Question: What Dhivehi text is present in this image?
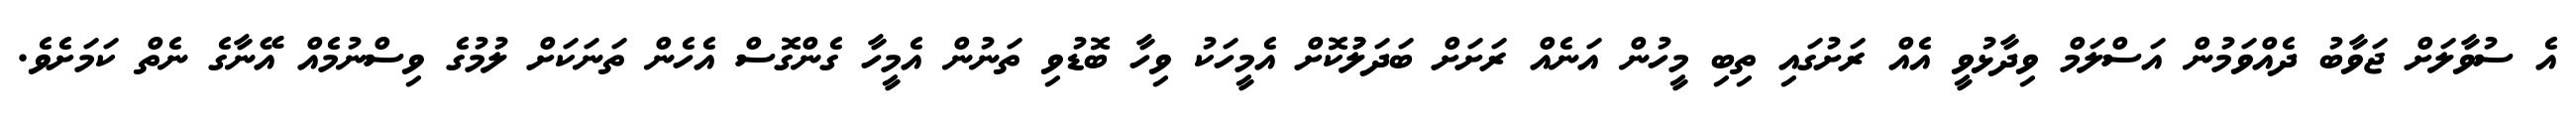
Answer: އެ ސުވާލަށް ޖަވާބު ދެއްވަމުން އަސްލަމް ވިދާޅުވީ އެއް ރަށުގައި ތިބި މީހުން އަނެއް ރަށަށް ބަދަލުުކޮށް އެމީހަކު ވިހާ ބޮޑުވި ތަނުން އެމީހާ ގެންގޮސް އެހެން ތަނަކަށް ލުމުގެ ވިސްނުމެއް އޭނާގެ ނެތް ކަމަށެވެ.